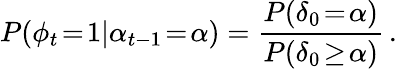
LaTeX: P(\phi_{t}\! =\! 1|\alpha_{t-1}\! =\! \alpha)=\frac{P(\delta_{0}\! =\! \alpha)}{P(\delta_{0}\! \geq\! \alpha)}\, .